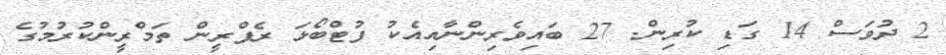
2 ދުވަސް 14 ގަޑި ކުރިން. 27 ބައިވެރިންނާއިއެކު ފުޓްބޯޅަ ރެފްރީން ތަމްރީންކުރުމުގެ